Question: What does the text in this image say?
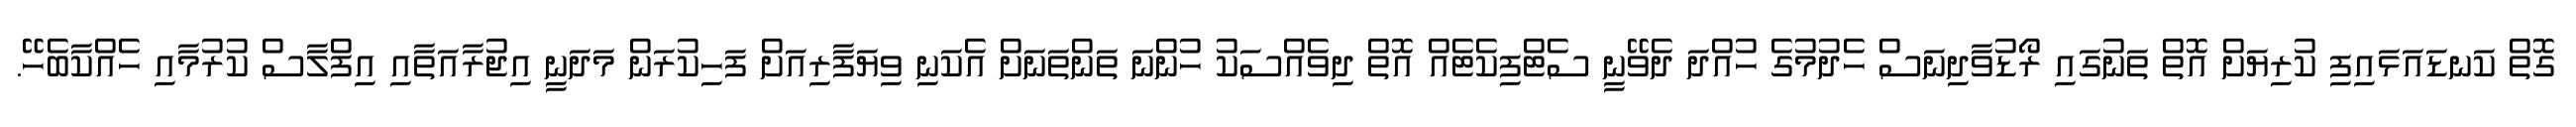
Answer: ގޮތް ކަނޑައަޅައިފި ކުރިޔަށް އޮތް ތަނުގައި ރޯޑުވާދިނަސް ހެދުމުގެ ހުއްދަ ދެވޭނީ ސެޓްފިކެޓެއް އޮތް ދިވެއްސަކު ހުންނަ ތަންތަނަށް އެކަނި ވިޔަފާރިއަށް ފަހިކުރަން މަދަނީ އިޖުރާއަތާއި އިފްލާސް ކުރުމާއި ހެއްކާބެހޭ.